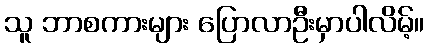
သူ ဘာစကားများ ပြောလာဦးမှာပါလိမ့်။